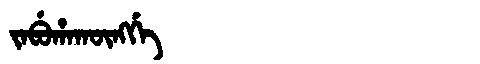
Manchu: ᠵᠠᠪᡠᡥᠠᡴᡡᠩᡤᡝ
Romanization: JABUHAKŪNGGE